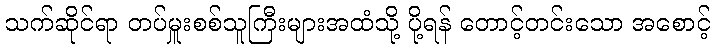
သက်ဆိုင်ရာ တပ်မှူးစစ်သူကြီးများအထံသို့ ပို့ရန် တောင့်တင်းသော အစောင့်